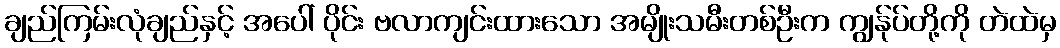
ချည်ကြမ်းလုံချည်နှင့် အပေါ် ပိုင်း ဗလာကျင်းထားသော အမျိုးသမီးတစ်ဦးက ကျွန်ုပ်တို့ကို တဲထဲမှ